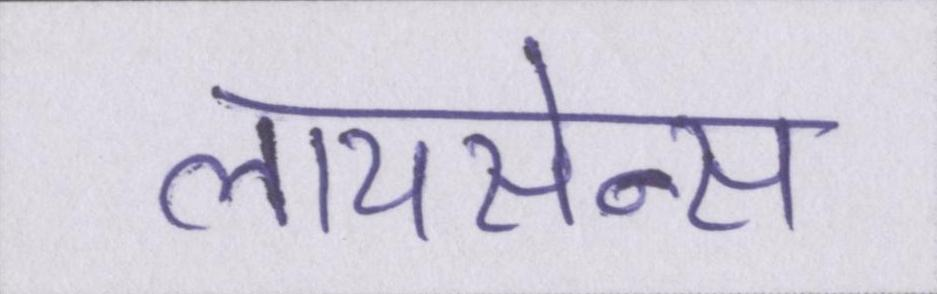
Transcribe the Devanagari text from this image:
लायसेन्स